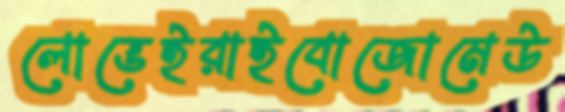
লোভেইরাইবোজোমেউ